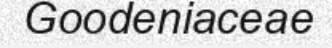
Goodeniaceae